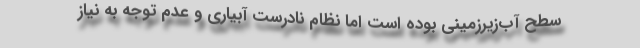
سطح آب‌زیرزمینی بوده است اما نظام نادرست آبیاری و عدم توجه به نیاز